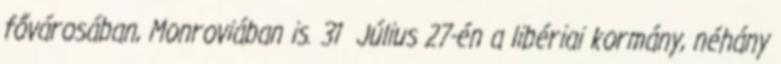
fővárosában, Monroviában is. 31 Július 27-én a libériai kormány, néhány